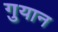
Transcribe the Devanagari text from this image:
गुयान